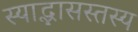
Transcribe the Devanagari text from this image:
स्याद्भासस्तस्य